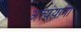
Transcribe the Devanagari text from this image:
अत्यंयात्रा